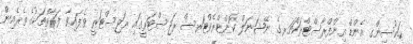
ހައުސިންގ އެންޑް އިންފްރާސްޓްރަކްޗަރގެ ނޭޝަނަލް ކޮންޓްރެކްޓަރސް ރަޖިސްޓަރީގައި ރަޖިސްޓަރީ ވެފައިވާ ފަރާތްތަކުގެ ތެރެއިން